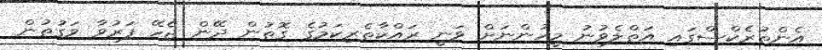
އެންތުރެކްސްގައި އަތްލެވުނު މީހުންނަށް ވަނީ ރައްކާތެރިކަމުގެ ގޮތުން ދޭން ޖެހޭ ފަރުވާ ވަގުތުން